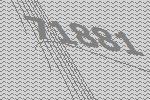
71881